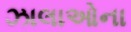
ઝાલાઓના